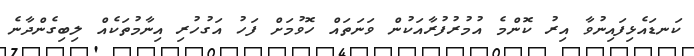
ކަނޑައެޅިފައިނުވާ އިރު ކޮންމެ އުމުރުފުރާއަކުން ވަނަތައް ހޮވުމަށް ފަހު އަގުހުރި އިނާމުތަކެއް ލިބިގެންދާނެ